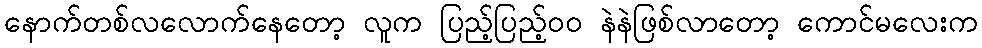
နောက်တစ်လလောက်နေတော့ လူက ပြည့်ပြည့်ဝဝ နဲနဲဖြစ်လာတော့ ကောင်မလေးက